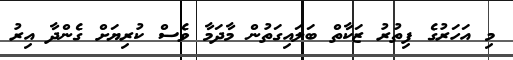
މި އަހަރުގެ ފިތުރު ޒަކާތް ބަލައިގަތުން މާދަމާ ވެސް ކުރިޔަށް ގެންދާ އިރު